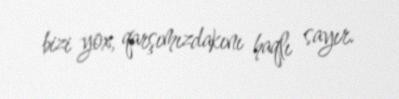
bizi yox, qarşımızdakını haqlı sayır.